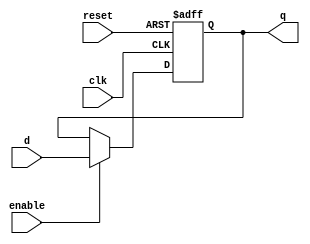
module FFD 	//Hardware description for a parameterized flip flop, 
#(				//used to realize the structure of the internal registers.
parameter WIDTH = 32
)
(				////Module inputs and outputs.
input [WIDTH-1:0]d, 
input clk, reset, 
input enable, 
output [WIDTH-1:0]q
);
reg [WIDTH-1:0] data; 
always@(posedge clk, negedge reset)
	begin
		if(!reset)data <= 0;
				
		else if(enable) data <= d;
		
	end
	assign q = data;
endmodule